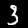
Label: 3